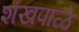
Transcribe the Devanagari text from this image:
शंखपाळे